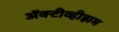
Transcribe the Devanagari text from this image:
ॲक्टीव्हीझम